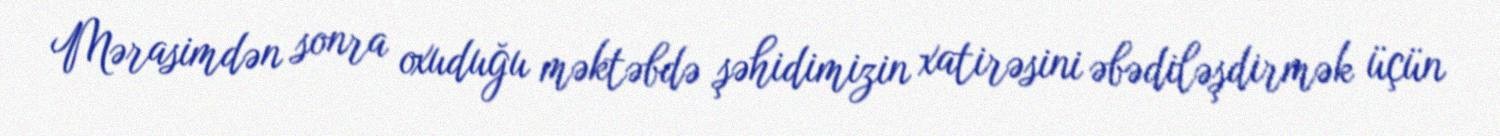
Mərasimdən sonra oxuduğu məktəbdə şəhidimizin xatirəsini əbədiləşdirmək üçün